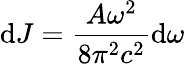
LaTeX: \mathrm{d}J=\frac{A\omega^{2}}{8\pi^{2}c^{2}}\mathrm{d}\omega